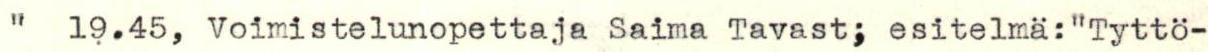
"  19.45, Voimistelunopettaja Saima Tavast; esitelma:"Tyttö-